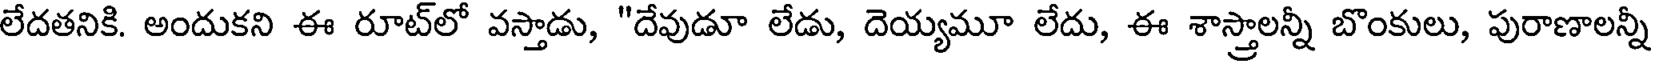
లేదతనికి. అందుకని ఈ రూట్లో వస్తాడు, "దేవుడూ లేడు, దెయ్యమూ లేదు, ఈ శాస్త్రాలన్నీ బొంకులు, పురాణాలన్నీ